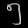
Digit: ၅